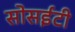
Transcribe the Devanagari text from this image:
सोसईटी